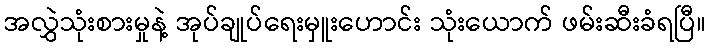
အလွှဲသုံးစားမှုနဲ့ အုပ်ချုပ်ရေးမှူးဟောင်း သုံးယောက် ဖမ်းဆီးခံရပြီ။